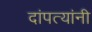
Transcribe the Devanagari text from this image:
दांपत्यांनी